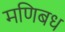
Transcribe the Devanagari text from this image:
मणिबध